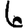
Digit: 6